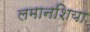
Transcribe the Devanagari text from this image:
लमानशिया